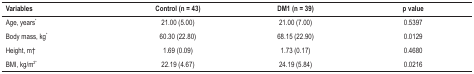
| Variables | Control (n = 43) | DM1 (n = 39) | p value |
 | --- | --- | --- | --- |
 | Age, years* | 21.00 (5.00) | 21.00 (7.00) | 0.5397 |
 | Body mass, kg* | 60.30 (22.80) | 68.15 (22.90) | 0.0129 |
 | Height, m† | 1.69 (0.09) | 1.73 (0.17) | 0.4680 |
 | BMI, kg/m2* | 22.19 (4.67) | 24.19 (5.84) | 0.0216 |